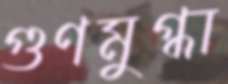
গুণমুগ্ধা